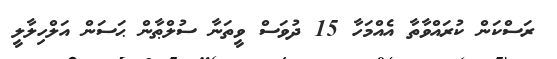
ރަސްކަން ކުރައްވާތާ އެއްމަހާ 15 ދުވަސް ވީތަނާ ސުލްޠާން ޙަސަން އަލްހިލާލީ